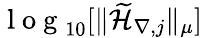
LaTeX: \mathrm{~l~o~g~}_{10}[\| \widetilde{\mathcal{H}}_{\nabla,j}\| _{\mu}]